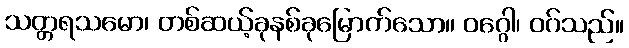
သတ္တရသမော၊ တစ်ဆယ့်ခုနစ်ခုမြောက်သော။ ဝဂ္ဂေါ၊ ဝဂ်သည်။